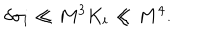
\delta \sigma _ { i } \ll M ^ { 3 } K _ { i } \ll M ^ { 4 } .